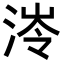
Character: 𭰰